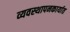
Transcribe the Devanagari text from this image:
व्यवस्थापनकार्यात